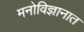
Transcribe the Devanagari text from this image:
मनोविज्ञानात